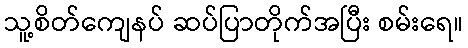
သူ့စိတ်ကျေနပ် ဆပ်ပြာတိုက်အပြီး စမ်းရေ။